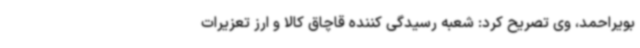
بویراحمد، وی تصریح کرد: شعبه رسیدگی کننده قاچاق کالا و ارز تعزیرات